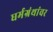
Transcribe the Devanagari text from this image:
धर्मग्रंथांवर